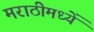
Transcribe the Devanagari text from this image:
मराठीमध्यें